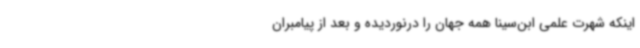
اینکه شهرت علمی ابن‌سینا همه جهان را درنوردیده و بعد از پیامبران